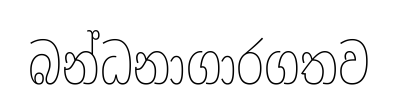
බන්ධනාගාරගතව